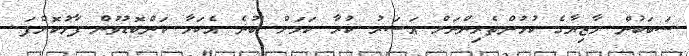
ސަބަބުން މާޒިޔާގެ ކުޅުންތެރިންނަށް އަސަރު ކުރާ ކަމަށް ބުނެ އެކަމާ ކަންބޮޑުވުން ފާޅުކޮށްފަ